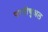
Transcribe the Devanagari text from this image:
परपीचुअल